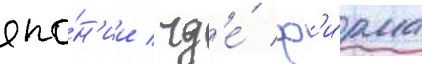
япо́н'ии / гд'е́ ф'и́рма